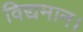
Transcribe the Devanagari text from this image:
विद्यमान।